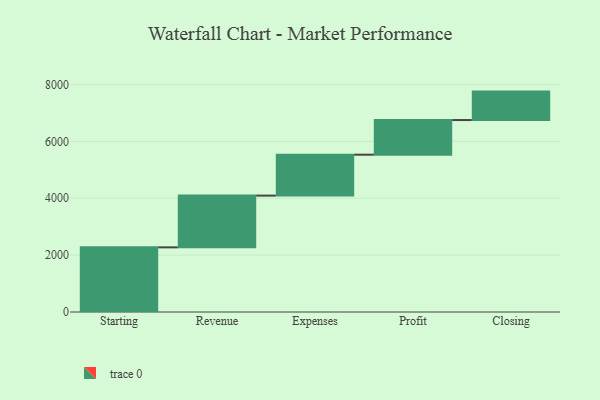
{"axis": {"x": "Step", "y": "Value"}, "legend": [""], "data": [{"x": "Starting", "y": 2273.0, "type": ""}, {"x": "Revenue", "y": 1819.0, "type": ""}, {"x": "Expenses", "y": 1439.0, "type": ""}, {"x": "Profit", "y": 1218.0, "type": ""}, {"x": "Closing", "y": 1000, "type": ""}]}